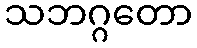
သဘဂ္ဂတော